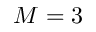
M = 3